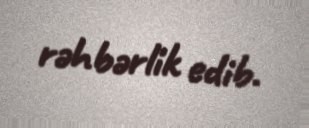
rəhbərlik edib.